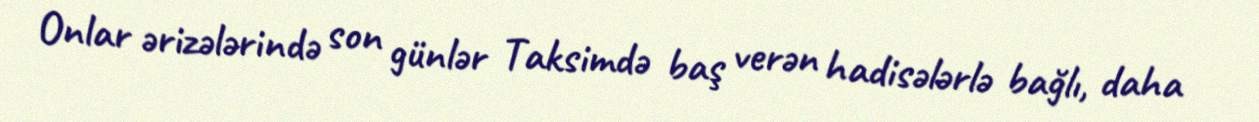
Onlar ərizələrində son günlər Taksimdə baş verən hadisələrlə bağlı, daha